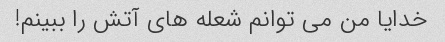
خدایا من می توانم شعله های آتش را ببینم!